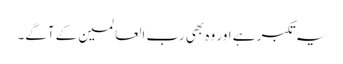
یہ تکبر ہے اور وہ بھی رب العالمین کے آگے۔